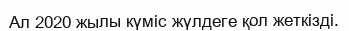
Ал 2020 жылы күміс жүлдеге қол жеткізді.